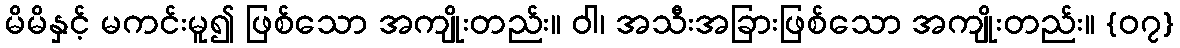
မိမိနှင့် မကင်းမူ၍ ဖြစ်သော အကျိုးတည်း။ ဝါ၊ အသီးအခြားဖြစ်သော အကျိုးတည်း။ {၀၇}